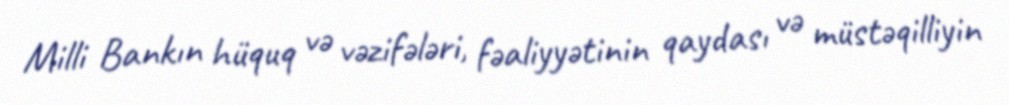
Milli Bankın hüquq və vəzifələri, fəaliyyətinin qaydası və müstəqilliyin